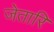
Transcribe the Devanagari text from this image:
जेतारि